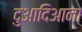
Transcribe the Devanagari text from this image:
दुआदिआना